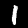
Digit: 1